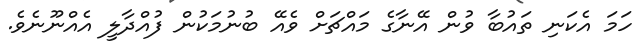
ހަމަ އެކަނި ތައުބާ ވުން އޭނާގެ މައްޗަށް ވެއޭ ބުނުމަކުން ފުއްދާލީ އެއްނޫނެވެ.